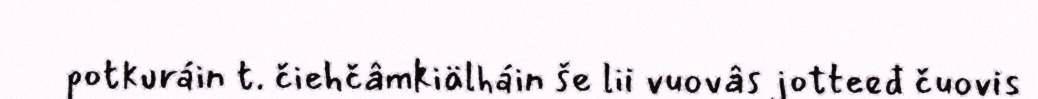
potkuráin t. čiehčâmkiälháin še lii vuovâs jotteeđ čuovis